Language: tamil
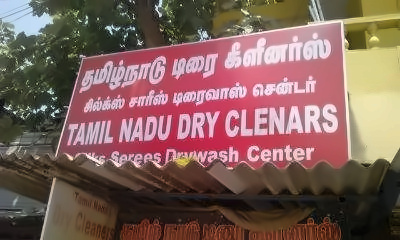
Transcription: தமிழ்நாடு டிரை சில்க்ஸ் சாரீஸ் கிளீனா்ஸ் சென்டா் டிரைவாஸ்